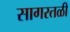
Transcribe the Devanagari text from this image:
सागरतळी